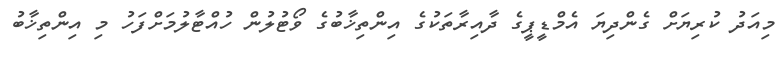
މިއަދު ކުރިޔަށް ގެންދިޔަ އެމްޑީޕީގެ ދާއިރާތަކުގެ އިންތިޚާބުގެ ވޯޓުލުން ހުއްޓާލުމަށްފަހު މި އިންތިޚާބު